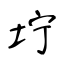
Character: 坾